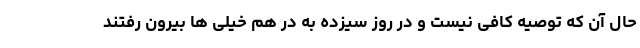
حال آن که توصیه کافی نیست و در روز سیزده به در هم خیلی ها بیرون رفتند